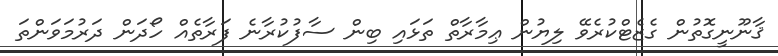
ޤާނޫނީގޮތުން ގެޒެޓްކުރެވޭ ލިޔުން ޢިމާރާތް ތަޅައި ބިން ސާފުކުރާނެ ފަރާތެއް ހޯދަން ދަރުމަވަންތަ